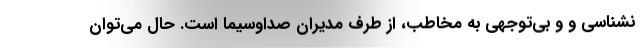
نشناسی و و بی‌توجهی به مخاطب، از طرف مدیران صداوسیما است. حال می‌توان